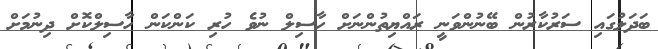
ބަދަލުގައި ސަރުކާރުން ބޭނުންވަނީ ރައްޔިތުންނަށް ހާސިލް ނުވެ ހުރި ކަންކަން ހާސިލްކޮށް ދިނުމަށް